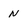
Character: N